Report on plague and inoculation in the Punjab from October 1st ... to September 30th..., being the ... season of plague in the province
Disease focus: Plague
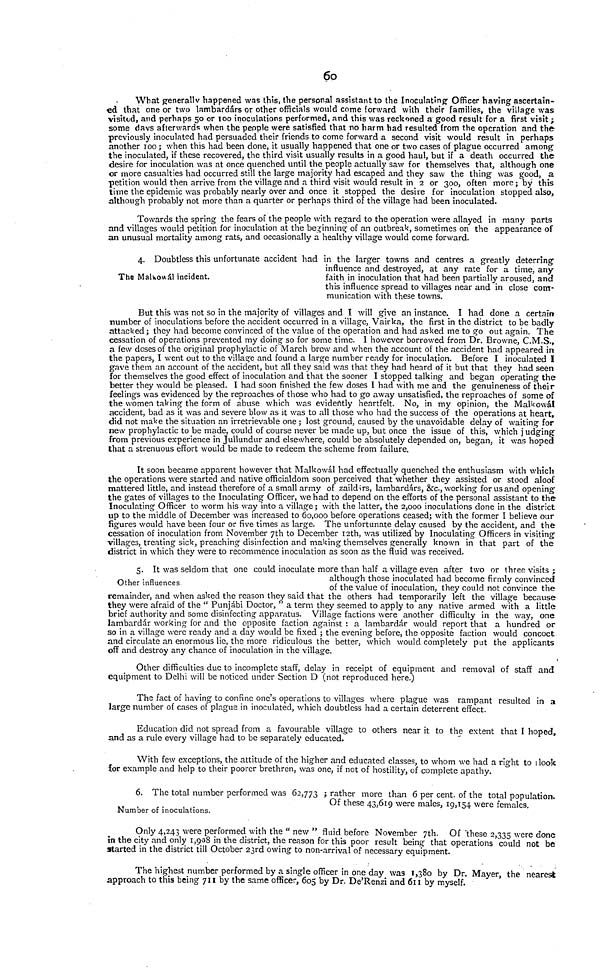
60
What generally happened was this, the personal assistant to the Inoculating Officer having ascertain-
ed that one or two lambardárs or other officials would come forward with their families, the village was
visited, and perhaps 50 or 100 inoculations performed, and this was reckoned a good result for a first visit ;
some days afterwards when the people were satisfied that no harm had resulted from the operation and the
previously inoculated had persuaded their friends to come forward a second visit would result in perhaps
another 100 ; when this had been done, it usually happened that one or two cases of plague occurred among
the inoculated, if these recovered, the third visit usually results in a good haul, but if a death occurred the
desire for inoculation was at once quenched until the people actually saw for themselves that, although one
or more casualties had occurred still the large majority had escaped and they saw the thing was good, a
petition would then arrive from the village and a third visit would result in 2 or 300, often more ; by this
time the epidemic was probably nearly over and once it stopped the desire for inoculation stopped also,
although probably not more than a quarter or perhaps third of the village had been inoculated.
Towards the spring the fears of the people with regard to the operation were allayed in many parts
and villages would petition for inoculation at the beginning of an outbreak, sometimes on the appearance of
an unusual mortality among rats, and occasionally a healthy village would come forward.
The Malkowál incident.
4. Doubtless this unfortunate accident had in the larger towns and centres a greatly deterring-
influence and destroyed, at any rate for a time, any
faith in inoculation that had been partially aroused, and
this influence spread to villages near and in close com-
munication with these towns.
But this was not so in the majority of villages and I will give an instance. I had done a certain
number of inoculations before the accident occurred in a village, Vairka, the first in the district to be badly
attacked ; they had become convinced of the value of the operation and had asked me to go out again. The
cessation of operations prevented my doing so for some time. I however borrowed from Dr. Browne, C.M.S.,
a few doses of the original prophylactic of March brew and when the account of the accident had appeared in
the papers, I went out to the village and found a large number ready for inoculation. Before I inoculated I
gave them an account of the accident, but all they said was that they had heard of it but that they had seen
for themselves the good effect of inoculation and that the sooner I stopped talking and began operating the
better they would be pleased. I had soon finished the few doses I had with me and the genuineness of their
feelings was evidenced by the reproaches of those who had to go away unsatisfied, the reproaches of some of
the women taking the form of abuse which was evidently heartfelt. No, in my opinion, the Malkowál
accident, bad as it was and severe blow as it was to all those who had the success of the operations at heart,
did not make the situation an irretrievable one ; lost ground, caused by the unavoidable delay of waiting for
new prophylactic to be made, could of course never be made up, but once the issue of this, which j udging
from previous experience in Jullundur and elsewhere, could be absolutely depended on, began, it was hoped
that a strenuous effort would be made to redeem the scheme from failure.
It soon became apparent however that Malkowál had effectually quenched the enthusiasm with which
the operations were started and native officialdom soon perceived that whether they assisted or stood aloof
mattered little, and instead therefore of a small army of zatldirs, lambardárs, &c, working for us and opening
the gates of villages to the Inoculating Officer, we had to depend on the efforts of the personal assistant to the
Inoculating Officer to worm his way into a village; with the latter, the 2,000 inoculations done in the district
up to the middle of December was increased to 60,000 before operations ceased; with the former I believe our
figures would have been four or five times as large. The unfortunate delay caused by the accident, and the
cessation of inoculation from November 7th to December 12th, was utilized by Inoculating Officers in visiting
Villages, treating sick, preaching disinfection and making themselves generally known in that part of the
district in which they were to recommence inoculation as soon as the fluid was received.
Other influences
5. It was seldom that one could inoculate more than half a village even after two or three visits ;
although those inoculated had become firmly convinced
of the value of inoculation, they could not convince the
remainder, and when asked the reason they said that the others had temporarily left the village because
they were afraid of the " Punjábi Doctor, " a term they seemed to apply to any native armed with a little
brief authority and some disinfecting apparatus. Village factions were another difficulty in the way, one
lambardár working for and the opposite faction against : a lambardár would report that a hundred or
so in a village were ready and a day would be fixed ; the evening before, the opposite faction would concoct
and circulate an enormous lie, the more ridiculous the better, which would completely put the applicants
off and destroy any chance of inoculation in the village.
Other difficulties due to incomplete staff, delay in receipt of equipment and removal of staff and
equipment to Delhi will be noticed under Section D (not reproduced here.)
The fact of having to confine one's operations to villages where plague was rampant resulted in a
large number of cases of plague in inoculated, which doubtless had a certain deterrent effect.
Education did not spread from a favourable village to others near it to the extent that I hoped,
and as a rule every village had to be separately educated.
With few exceptions, the attitude of the higher and educated classes, to whom we had a right to look
for example and help to their poorer brethren, was one, if not of hostility, of complete apathy.
Number of inoculations.
6. The total number performed was 62,773 ; rather more than 6 per cent. of the total population.
Of these 43,619 were males, 19,154 were females.
Only 4,243 were performed with the " new " fluid before November 7th. Of "these 2,335 were done
in the city and only 1,908 in the district, the reason for this poor result being that operations could not be
started in the district till October 23rd owing to non-arrival of necessary equipment.
The highest number performed by a single officer in one day was 1,380 by Dr. Mayer, the nearest
approach to this being 711 by the same officer, 605 by Dr. De'Renzi and 611 by myself.